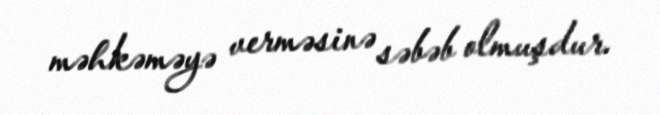
məhkəməyə verməsinə səbəb olmuşdur.